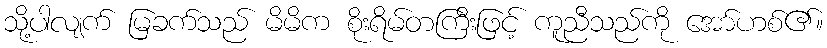
သို့ပါလျက် မြခက်သည် မိမိက စိုးရိမ်တကြီးဖြင့် ကူညီသည်ကို အော်ဟစ်၏။